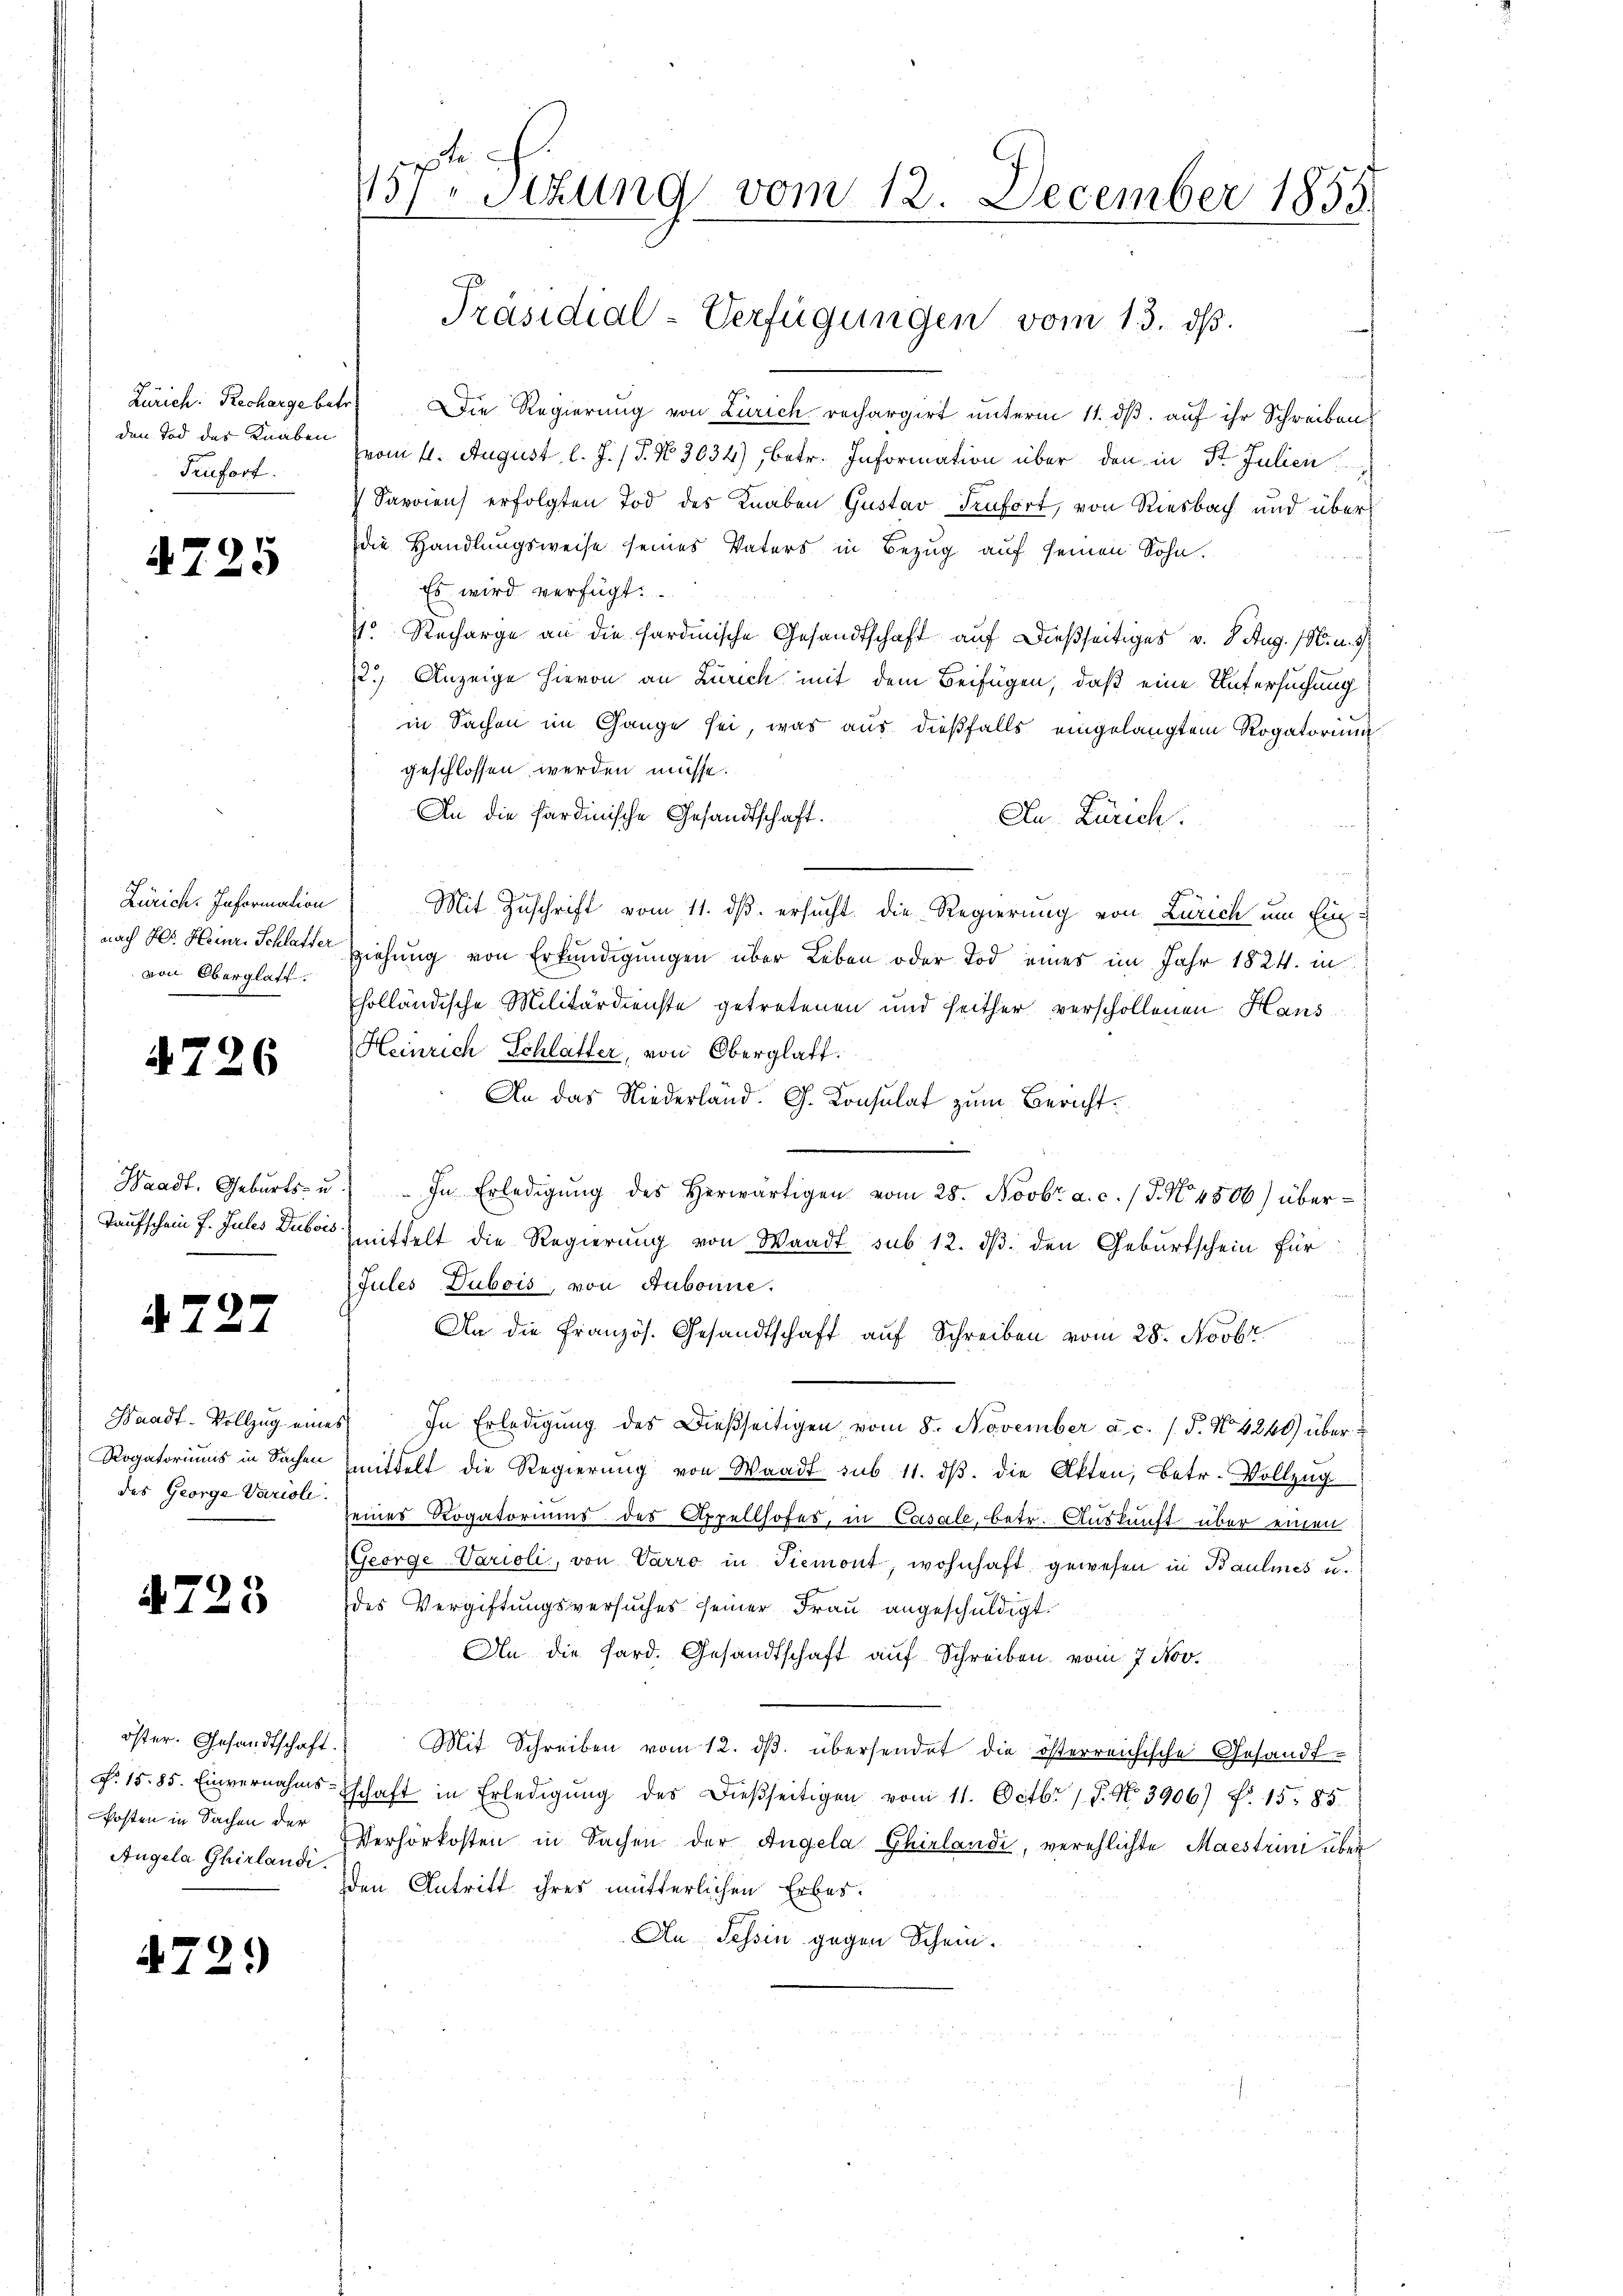
den Tod des Knaben
Trufort.

.

.

25

Zürich. Information
nach Hr. Heinr. Schlafter
von Oberglatt.

4726

Waadt, Geburts- u.
Taufschein P. Jules Dubois.

4727

Waadt-Vollzug eine
Rogatoriums in Sachen
des George Varieli.

4723

öster. Gesandtschaft.
P. 15. 85. Einvernahms-
Posten in Sachen der
Angela Ghirlandi

472.

157 Stzung vom 12. December 1853.
Präsidial-Verfügungen vom 13. ds.

Zürich. Recharge betr. Die Regierung von Zürich rechargirt unterm 11. dß. auf ihr Schreibens
(vom 4. August l. J. (T. No 3034), betr. Information über den in St. Julien
Saroien) erfolgten Tod des Knaben Gustav Senfort, von Riesbach und über
die Handlungsweise seines Vaters in Bezug auf seinen Sohn.
h
Es wird verfügt:
V. Recharge an die Sardinische Gesandtschaft auf dießseitiges v. 8. Aug. 18. u. 3
2.) Anzeige hievon an Zürich mit dem Beifügen, daß eine Untersuchung
in Sachen im Gange sei, was aus dießfalls eingelangtem Rogatorium
geschlossen werden müsse.
An die Sardinische Gesandtschaft.
An. Zürich.
u
Mit Zuschrift vom 11. ds. ersucht, die Regierung von Zürich um Einziehung von Erkundigungen über Leben oder Tod eines im Jahr 1824. in
holländische Militärdienste getretenen und seither verschollenen Haus¬
Heinrich Schlatter, von Oberglatt.
An das Niederland. G. Consulat zum Bericht¬
In Erledigŭng des herwärtigen vom 28. Novbr. a. c. / 5. No. 4806) übermittelt die Regierung von Waadt sub 12. dβ. den Geburtschein für
Jules Dubois, von Aubonne.
f
An die Französ. Gesandtschaft auf Schreiben vom 28. Novbr.
In Erledigŭng des Dießseitigen vom 8. November a.c. (T. No 4240) über
mittelt die Regierung von Waadt sub 11. dβ. die Akten, betr. Vollzug
seines Rogatoriums des Appellhofes, in Casale, betr. Auskunft über einen
George Varioli, von Varro in Tiemont, wohnhaft gewesen in Baulines u.
des Vergiftungsversuches seiner Frau angeschuldigt.
An die Sard. Gesandtschaft auf Schreiben vom 7. Nov.
Mit Schreiben vom 12. ds. übersendet die österreichische Gesandt
schaft in Erledigung des dießseitigen vom 11. Octbr. 17. No. 3906) Fr. 15. 85
Verhörkosten in Sachen der Angela Ghirlandi, verehlichte Maestrini über
den Antritt ihres mütterlichen Erbes.
An Tessin gegen Schein.